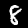
Label: 8